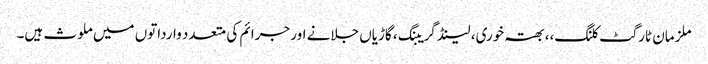
ملزمان ٹارگٹ کلنگ،، بھتہ خوری، لینڈ گریبنگ، گاڑیاں جلانے اور جرائم کی متعدد وارداتوں میں ملوث ہیں۔